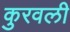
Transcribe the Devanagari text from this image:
कुरवली